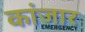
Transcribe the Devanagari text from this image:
कांजार